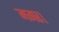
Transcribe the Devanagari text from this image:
मगर।